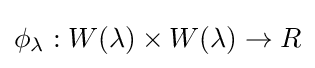
\phi _{\lambda }:W(\lambda )\times W(\lambda )\to R